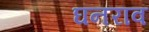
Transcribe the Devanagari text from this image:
घनराव